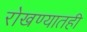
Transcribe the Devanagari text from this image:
रोखण्यातही